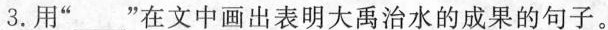
3.用”__”在文中画出表明大禹治水的成果的句子。